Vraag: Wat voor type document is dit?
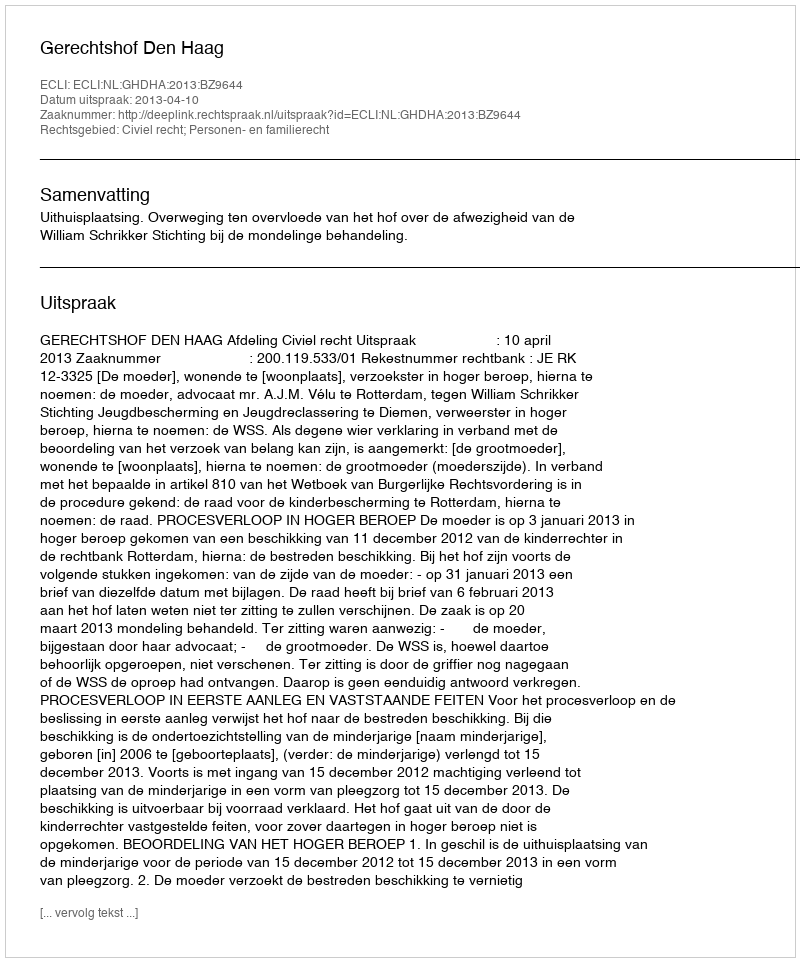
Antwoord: Uitspraak